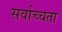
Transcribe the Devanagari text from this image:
सर्वाच्चता